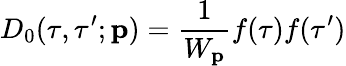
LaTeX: D_{0}(\tau,\tau^{\prime};{\mathbf p})=\frac{1}{W_{\mathbf p}}f(\tau)f(\tau^{\prime})